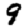
Digit: 9